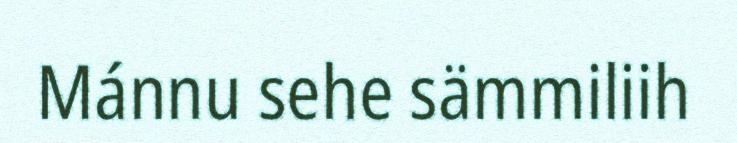
Mánnu sehe sämmiliih